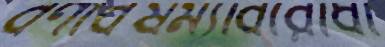
বর্ণবৈষম্যবিরোধী